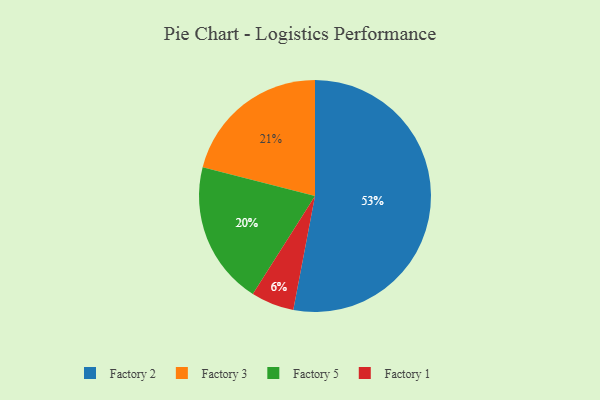
{"axis": {"x": "Category", "y": "Percentage"}, "legend": ["Factory 1", "Factory 2", "Factory 3", "Factory 5"], "data": [{"x": "Factory 3", "y": 21, "type": "Factory 3"}, {"x": "Factory 1", "y": 6, "type": "Factory 1"}, {"x": "Factory 2", "y": 53, "type": "Factory 2"}, {"x": "Factory 5", "y": 20, "type": "Factory 5"}]}